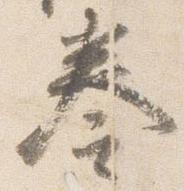
奏